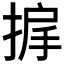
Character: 𫽓